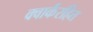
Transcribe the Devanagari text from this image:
क्वार्करहित